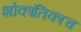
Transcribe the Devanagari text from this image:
शोकांतिकाच